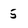
Character: 5